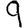
Digit: 9